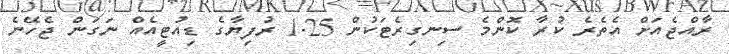
ރާއްޖެއަށް އެތެރެ ކުރާ ކޮންމެ ސިނގިރެޓަކުން 1.25 ރުފިޔާގެ ޑިއުޓީއެއް ނަގަން ޖެހޭނެ